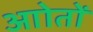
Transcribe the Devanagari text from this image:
आोतों